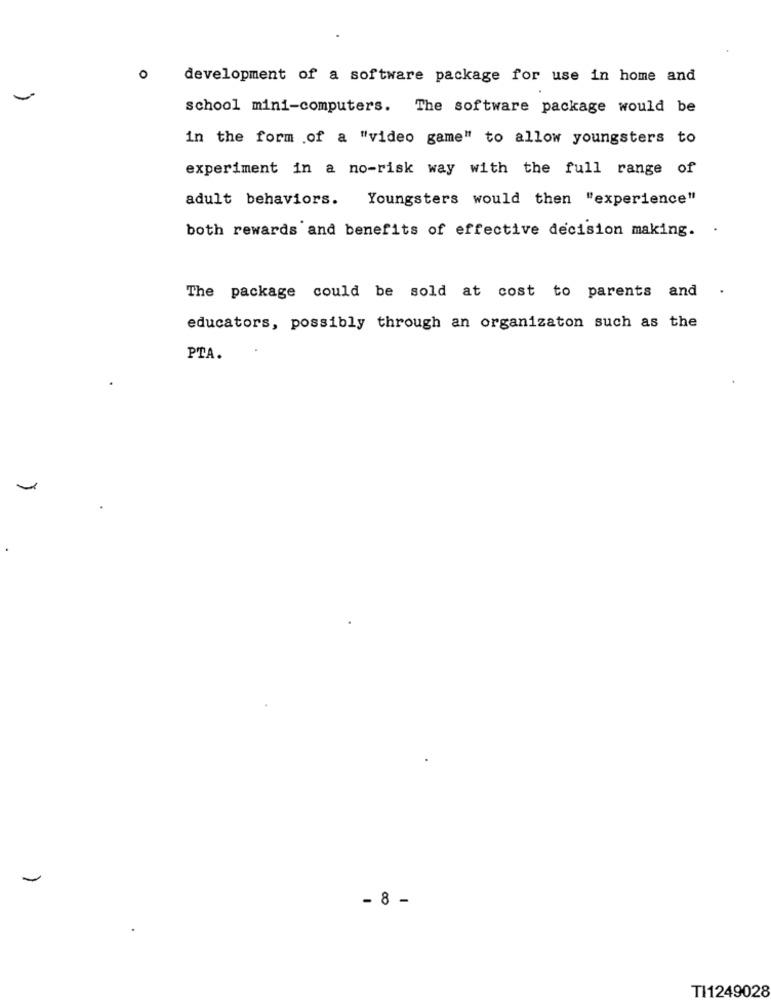
O
development of a software package for use in home and
-
school mini-computers. The software package would be
in the form of a "video game" to allow youngsters to
experiment in a no-risk way with the full range of
adult behaviors.
Youngsters would then "experience"
both rewards and benefits of effective decision making. .
The package could be sold at cost to parents and
educators, possibly through an organizaton such as the
PTA.
- 8 -
TI1249028